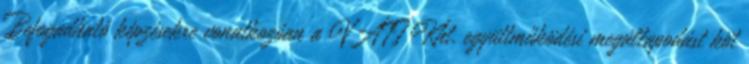
Befogadható képzésekre vonatkozóan a VÁTI Kht. együttműködési megállapodást köt